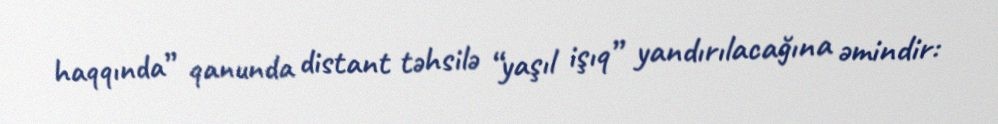
haqqında” qanunda distant təhsilə “yaşıl işıq” yandırılacağına əmindir: